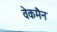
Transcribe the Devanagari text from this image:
वेकमैन